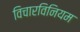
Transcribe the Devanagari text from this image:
विचारविनियम